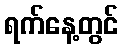
ရက်နေ့တွင်